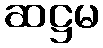
ဆဋ္ဌမ